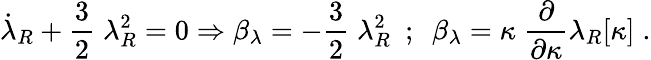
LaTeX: \dot{\lambda}_{R}+\frac{3}{2}\; \lambda_{R}^{2}=0\Rightarrow\beta_{\lambda}=-\frac{3}{2}\; \lambda_{R}^{2}~~;~~\beta_{\lambda}=\kappa\; \frac{\partial}{\partial\kappa}\lambda_{R}[\kappa]\; .